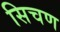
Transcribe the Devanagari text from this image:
सिचण